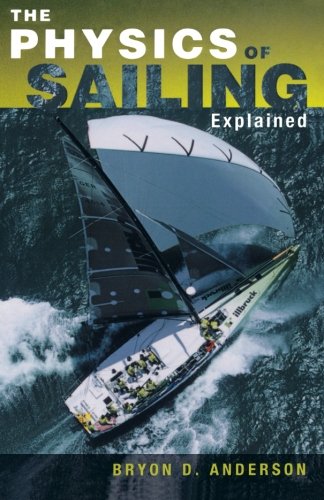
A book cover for The Physics of Sailing Explained; Bryon D. Anderson; Engineering & Transportation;